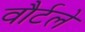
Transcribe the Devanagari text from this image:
वौर्टले